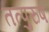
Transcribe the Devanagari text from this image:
तत्पुरुषं